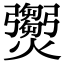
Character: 𤑵